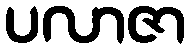
ပလာဇာ